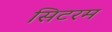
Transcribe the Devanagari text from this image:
सिटरम